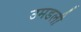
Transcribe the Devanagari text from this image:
उमडली